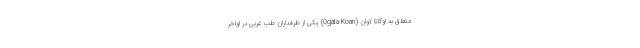
متعلق به اوگاتا کوان (Ogata Koan) یکی از طرفداران طب غربی در اواخر